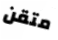
متقن